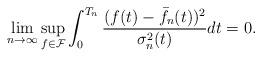
LaTeX: \begin{align*}\lim_{n\to\infty}\sup_{f\in\mathcal{F}}\int_{0}^{T_n}\frac{(f(t)-\bar{f}_n(t))^2}{\sigma_n^2(t)}dt=0.\end{align*}